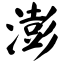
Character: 澎